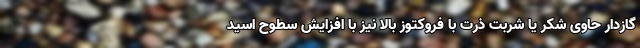
گازدار حاوی شکر یا شربت ذرت با فروکتوز بالا نیز با افزایش سطوح اسید